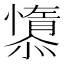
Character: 𱟘